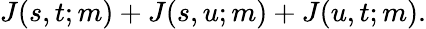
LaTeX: J(s,t;m)+J(s,u;m)+J(u,t;m).